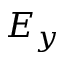
E _ { y }